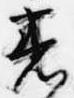
着